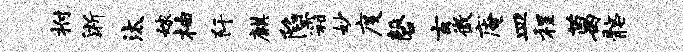
拊淅汰嫁柚阡麒陷霜妙度磬玄微庵皿程葛髂